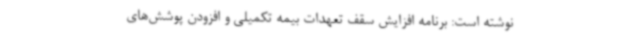
نوشته است: برنامه افزایش سقف تعهدات بیمه تکمیلی و افزودن پوشش‌های